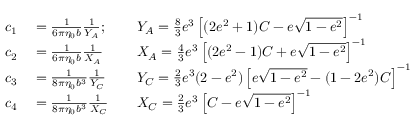
\begin{array} { r l r l } { c _ { 1 } } & { { } = \frac { 1 } { 6 \pi \eta _ { 0 } b } \frac { 1 } { Y _ { A } } ; } & { } & { { } Y _ { A } = \frac { 8 } { 3 } e ^ { 3 } \left[ ( 2 e ^ { 2 } + 1 ) C - e \sqrt { 1 - e ^ { 2 } } \right] ^ { - 1 } } \\ { c _ { 2 } } & { { } = \frac { 1 } { 6 \pi \eta _ { 0 } b } \frac { 1 } { X _ { A } } } & { } & { { } X _ { A } = \frac { 4 } { 3 } e ^ { 3 } \left[ ( 2 e ^ { 2 } - 1 ) C + e \sqrt { 1 - e ^ { 2 } } \right] ^ { - 1 } } \\ { c _ { 3 } } & { { } = \frac { 1 } { 8 \pi \eta _ { 0 } b ^ { 3 } } \frac { 1 } { Y _ { C } } } & { } & { { } Y _ { C } = \frac { 2 } { 3 } e ^ { 3 } ( 2 - e ^ { 2 } ) \left[ e \sqrt { 1 - e ^ { 2 } } - ( 1 - 2 e ^ { 2 } ) C \right] ^ { - 1 } } \\ { c _ { 4 } } & { { } = \frac { 1 } { 8 \pi \eta _ { 0 } b ^ { 3 } } \frac { 1 } { X _ { C } } } & { } & { { } X _ { C } = \frac { 2 } { 3 } e ^ { 3 } \left[ C - e \sqrt { 1 - e ^ { 2 } } \right] ^ { - 1 } } \end{array}